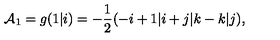
{ \cal A } _ { 1 } = g ( 1 \vert i ) = - \frac { 1 } { 2 } ( - i + 1 \vert i + j \vert k - k \vert j ) ,